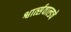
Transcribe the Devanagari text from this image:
श्वार्त्सवाल्डचे